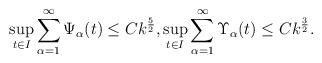
LaTeX: \begin{align*}\sup_{t\in I}\sum_{\alpha=1}^\infty\Psi_\alpha(t)\le C k^\frac{5}{2},\sup_{t\in I}\sum_{\alpha=1}^\infty \Upsilon_\alpha(t)\le C k^\frac{3}{2}.\end{align*}